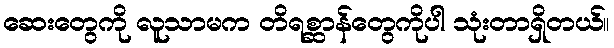
ဆေးတွေကို လူသာမက တိရစ္ဆာန်တွေကိုပါ သုံးတာရှိတယ်။